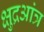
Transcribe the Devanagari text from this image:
क्षुद्रआंत्र